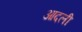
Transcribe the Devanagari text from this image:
आदली